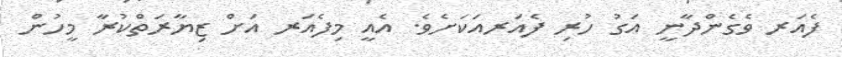
ފެއަރ ވެގެންދާނީ އަގު ހުރި ފެއަރއަކަށެވެ. އެއީ މިފެއަރ އަށް ޒިޔާރަތްކުރާ މީހުން